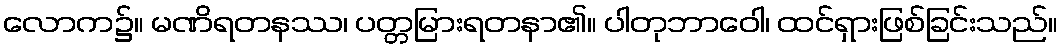
လောက၌။ မဏိရတနဿ၊ ပတ္တမြားရတနာ၏။ ပါတုဘာဝေါ၊ ထင်ရှားဖြစ်ခြင်းသည်။